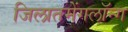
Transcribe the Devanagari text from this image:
जिलातमेंगलॉन्ग